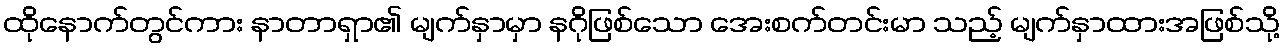
ထိုနောက်တွင်ကား နာတာရှာ၏ မျက်နှာမှာ နဂိုဖြစ်သော အေးစက်တင်းမာ သည့် မျက်နှာထားအဖြစ်သို့